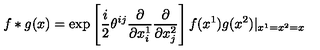
f * g ( x ) = \exp \left[ \frac { i } { 2 } \theta ^ { i j } \frac { \partial } { \partial x _ { i } ^ { 1 } } \frac { \partial } { \partial x _ { j } ^ { 2 } } \right] f ( x ^ { 1 } ) g ( x ^ { 2 } ) | _ { x ^ { 1 } = x ^ { 2 } = x }